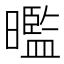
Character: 𭧿